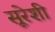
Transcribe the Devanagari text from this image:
सूरेशी